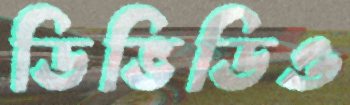
ডিভিডিও